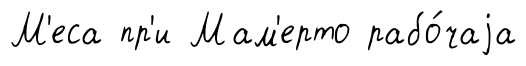
М'еса пр'и Мам'ерто рабо́чаjа